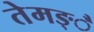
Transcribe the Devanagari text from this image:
तेमङ्ै